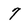
Character: 7